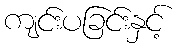
ကျင်းပခြင်းနှင့်